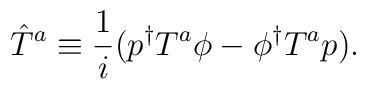
\hat{T}^a \equiv \frac{1}{i} (p^\dagger T^a \phi - \phi^\dagger T^a p).